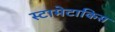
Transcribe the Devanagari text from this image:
स्टामेटाकिस